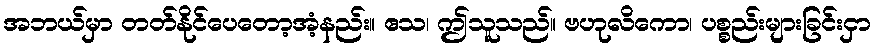
အဘယ်မှာ တတ်နိုင်ပေတော့အံ့နည်း။ ဧသ၊ ဤသူသည်။ ဗဟုလိကော၊ ပစ္စည်းများခြင်းငှာ